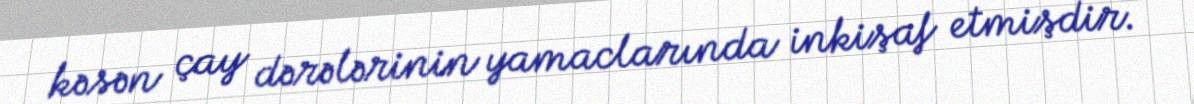
kəsən çay dərələrinin yamaclarında inkişaf etmişdir.